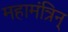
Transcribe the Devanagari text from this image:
महामंत्रिन्‌